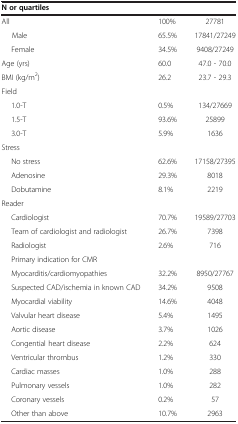
| <COLSPAN=3> N or quartiles |
 | --- | --- | --- |
 | All | 100% | 27781 |
 | Male | 65.5% | 17841/27249 |
 | Female | 34.5% | 9408/27249 |
 | Age (yrs) | 60.0 | 47.0 - 70.0 |
 | BMI (kg/m2) | 26.2 | 23.7 - 29.3 |
 | Field |  |  |
 | 1.0-T | 0.5% | 134/27669 |
 | 1.5-T | 93.6% | 25899 |
 | 3.0-T | 5.9% | 1636 |
 | Stress |  |  |
 | No stress | 62.6% | 17158/27395 |
 | Adenosine | 29.3% | 8018 |
 | Dobutamine | 8.1% | 2219 |
 | Reader |  |  |
 | Cardiologist | 70.7% | 19589/27703 |
 | Team of cardiologist and radiologist | 26.7% | 7398 |
 | Radiologist | 2.6% | 716 |
 | Primary indication for CMR |  |  |
 | Myocarditis/cardiomyopathies | 32.2% | 8950/27767 |
 | Suspected CAD/ischemia in known CAD | 34.2% | 9508 |
 | Myocardial viability | 14.6% | 4048 |
 | Valvular heart disease | 5.4% | 1495 |
 | Aortic disease | 3.7% | 1026 |
 | Congential heart disease | 2.2% | 624 |
 | Ventricular thrombus | 1.2% | 330 |
 | Cardiac masses | 1.0% | 288 |
 | Pulmonary vessels | 1.0% | 282 |
 | Coronary vessels | 0.2% | 57 |
 | Other than above | 10.7% | 2963 |